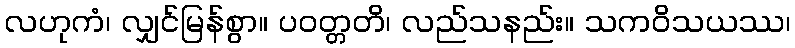
လဟုကံ၊ လျှင်မြန်စွာ။ ပဝတ္တတိ၊ လည်သနည်း။ သကဝိသယဿ၊